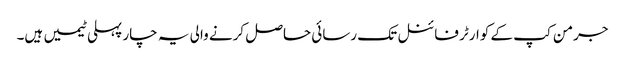
جرمن کپ کے کوارٹر فائنل تک رسائی حاصل کرنے والی یہ چار پہلی ٹیمیں ہیں۔